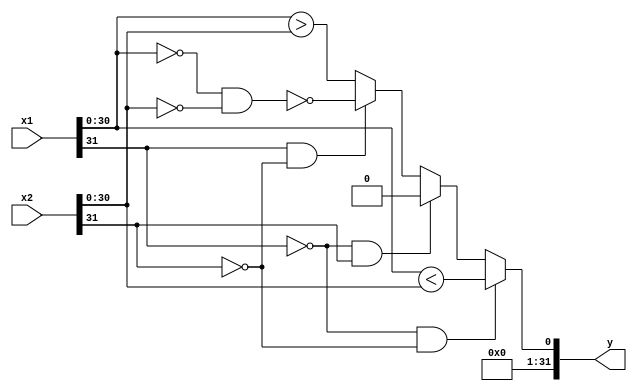
`timescale 1ns / 100ps
`default_nettype none

module flt_s (x1, x2, y);
    input wire [31:0] x1, x2;
    output [31:0] y;

    wire bothzero;
    wire lt, gt;
    wire y_;
    wire [31:0] y;

    assign bothzero = (x1[30:0] == 0) & (x2[30:0] == 0);
    assign lt = x1[30:0] < x2[30:0];
    assign gt = x1[30:0] > x2[30:0];
    assign y_ =
        x1[31] == 1'b0 && x2[31] == 1'b0 ? lt
      : x1[31] == 1'b0 && x2[31] == 1'b1 ? 0
      : x1[31] == 1'b1 && x2[31] == 1'b0 ? !bothzero
                                         : gt;
    assign y = {31'b0, y_};
endmodule